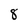
Character: 8